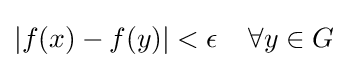
|f(x)-f(y)|<\epsilon \;\;\;\;\forall y\in G